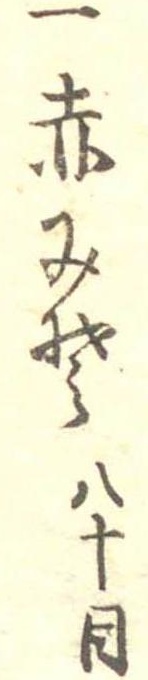
一赤みそ八十目